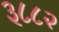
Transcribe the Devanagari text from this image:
३८८२